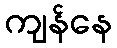
ကျန်နေ